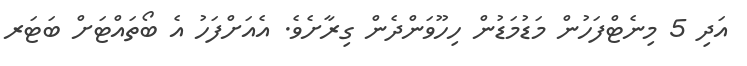
އަދި 5 މިނެޓްފަހުން މަޑުމަޑުން ހިހޫވަންދެން ގިރާށެވެ. އެއަށްފަހު އެ ބޯތައްޓަށް ބަޓަރ